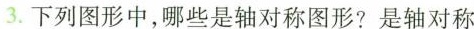
3.下列图形中，哪些是轴对称图形?是轴对称